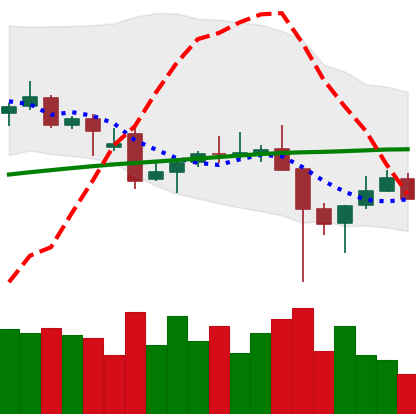
Ticker: TRX-USD
Chart end date: 2021-12-09
Forward return: -3.595%
Label: down_3_5